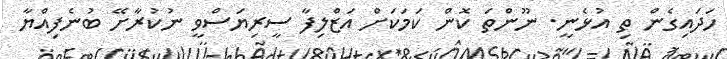
ހަދައިގެން ތި އުޅެނީ. ނޫންތަ ކޮން ކަމަކަށް އަޒްލިފާ ސީރިޔަސްވީ ނުކުރާށޭ ބުނެފިއްޔާ